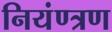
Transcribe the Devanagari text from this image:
नियंण्त्रण